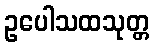
ဥပေါသထသုတ္တ